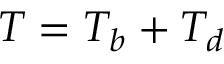
T = T _ { b } + T _ { d }